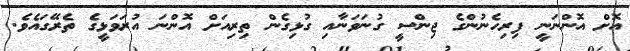
އޮށް އޮންނަނީ ފިރިހެނުންގެ ޖިންސީ ގުނަވަނާއި ގުޅިގެން ތިރިއަށް އޮންނަ އުރަވަޅީގެ ތެރޭގައެވެ.